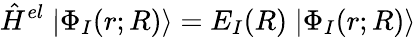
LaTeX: \hat{H}^{el}\; |\Phi_{I}(r;R)\rangle=E_{I}(R)\; |\Phi_{I}(r;R)\rangle